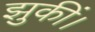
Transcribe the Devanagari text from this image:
झुकीं।